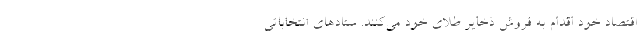
اقتصاد خود اقدام به فروش ذخایر طلای خود می‌کنند. ستادهای انتخاباتی